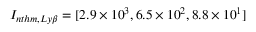
I _ { n t h m , L y \beta } = [ 2 . 9 \times 1 0 ^ { 3 } , 6 . 5 \times 1 0 ^ { 2 } , 8 . 8 \times 1 0 ^ { 1 } ]